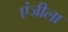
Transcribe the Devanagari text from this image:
एंजीला